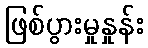
ဖြစ်ပွားမှုနှုန်း